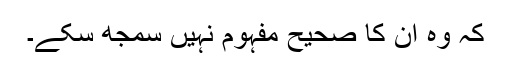
کہ وہ ان کا صحیح مفہوم نہیں سمجھ سکے۔